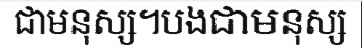
ជាមនុស្ស។បងជាមនុស្ស